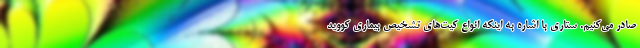
صادر می‌کنیم. ستاری با اشاره به اینکه انواع کیت‌های تشخیص بیماری کووید